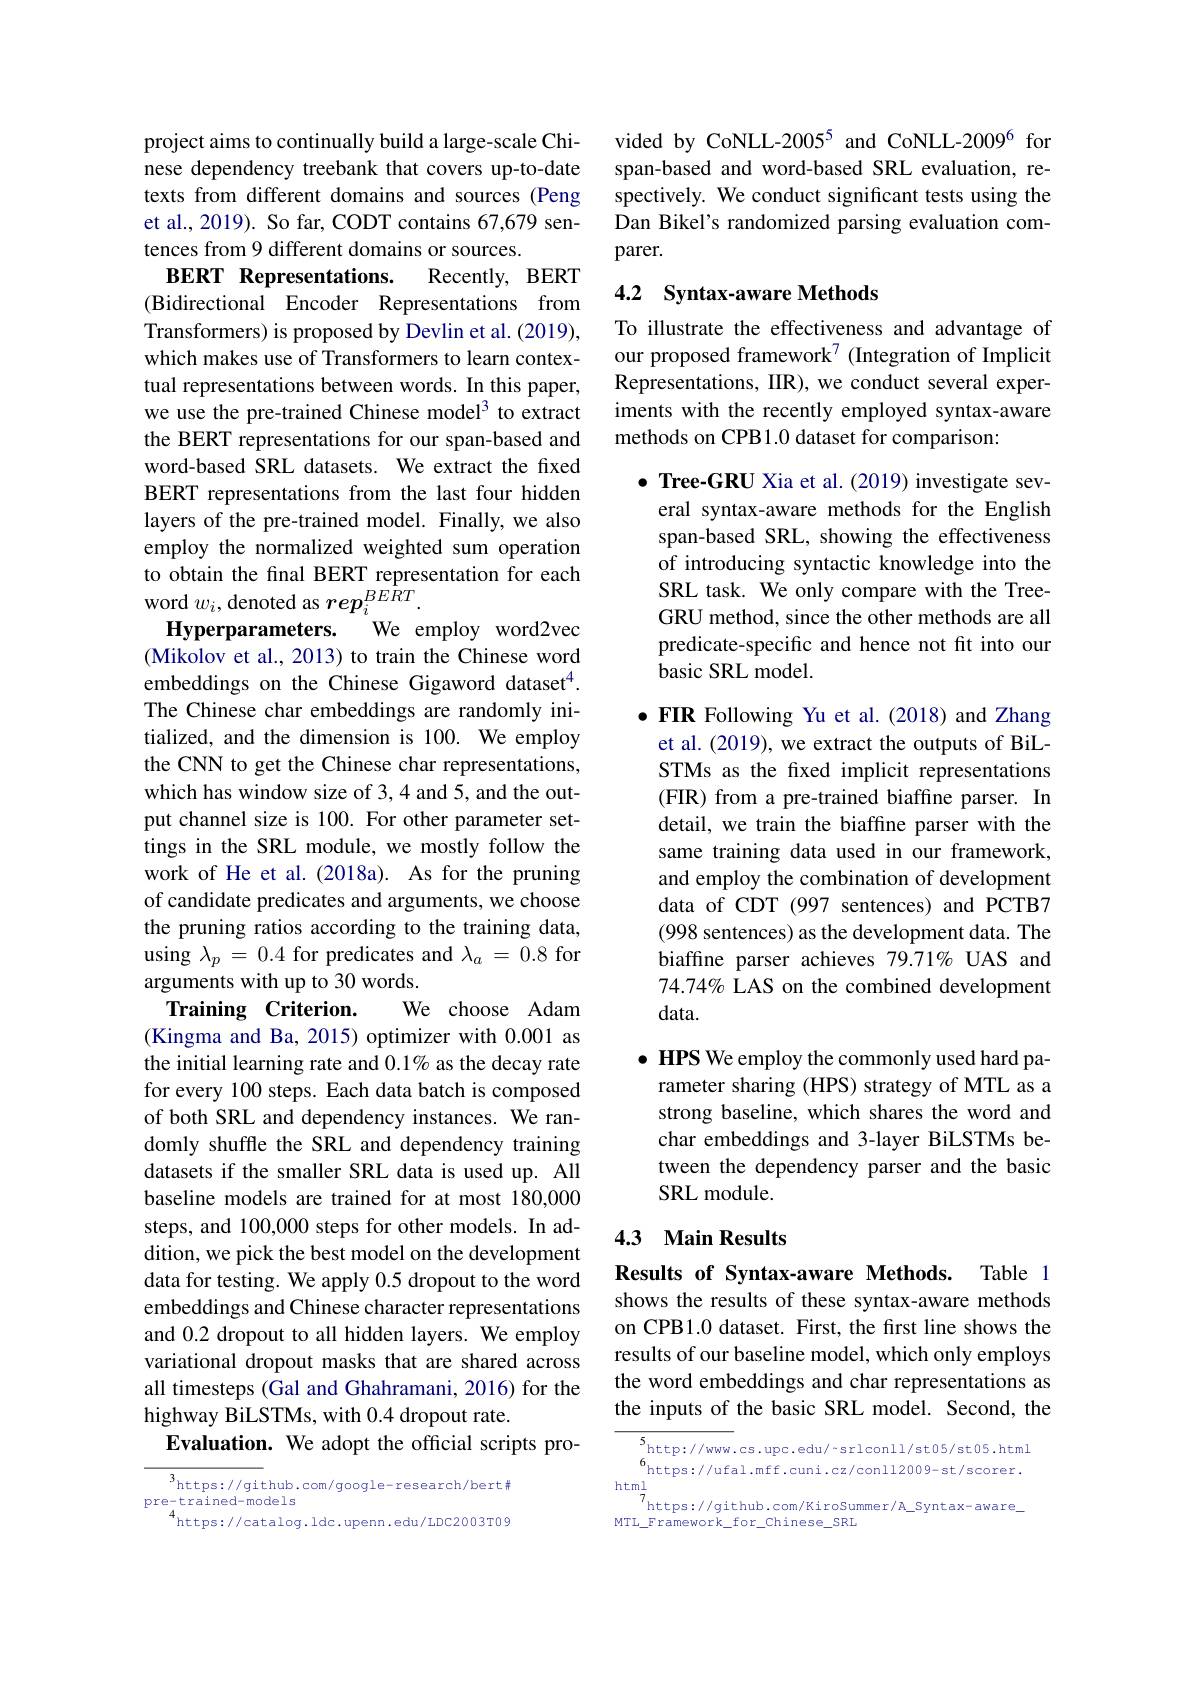
project aims to continually build a large-scale Chinese dependency treebank that covers up-to-date texts from different domains and sources (Peng et al., 2019). So far, CODT contains 67,679 sentences from 9 different domains or sources.
BERT Representations.
Recently, BERT
(Bidirectional Encoder Representations from Transformers) is proposed by Devlin et al. (2019), which makes use of Transformers to learn contextual representations between words. In this paper, we use the pre-trained Chinese model3 to extract the BERT representations for our span-based and word-based SRL datasets. We extract the fxed BERT representations from the last four hidden layers of the pre-trained model. Finally, we also employ the normalized weighted sum operation to obtain the final BERT representation for each word $w_i$, denoted as $rep_i^{BERT}.$Hyperparameters. We employ word2vec
Hyperparameters.
(Mikolov et al., 2013) to train the Chinese word embeddings on the Chinese Gigaword dataset$^{4}.$ The Chinese char embeddings are randomly initialized, and the dimension is 100. We employ the CNN to get the Chinese char representations, which has window size of 3,4 and 5, and the output channel size is 100. For other parameter settings in the SRL module, we mostly follow the work of He et al.(2018a). As for the pruning of candidate predicates and arguments, we choose the pruning ratios according to the training data, using $\lambda_p=0.4$ for predicates and $\lambda_a=0.8$ for arguments with up to 30 words.
We choose Adam
Training Criterion.
(Kingma and Ba, 2015) optimizer with 0.001 as the initial learning rate and $0.1\%$ as the decay rate for every 100 steps. Each data batch is composed of both SRL and dependency instances. We randomly shuffle the SRL and dependency training datasets if the smaller SRL data is used up. All baseline models are trained for at most 180,000 steps, and 100,000 steps for other models. In addition, we pick the best model on the development data for testing. We apply 0.5 dropout to the word embeddings and Chinese character representations and 0.2 dropout to all hidden layers. We employ variational dropout masks that are shared across all timesteps (Gal and Ghahramani, 2016) for the highway BiLSTMs, with 0.4 dropout rate.
Evaluation. We adopt the official scripts pro-

$^{3}$https://github.com/google-research/bert
pre-trained-models
$^{4}$https://catalog.ldc.upenn.edu/LDC2003T09

vided by CoNLL-2005$^{5}$ and CoNLL-2009$^{6}$ for span-based and word-based SRL evaluation, respectively. We conduct significant tests using the Dan Bikel's randomized parsing evaluation comparer.

## 4.2 Syntax-aware Methods

To illustrate the effectiveness and advantage of our proposed framework$^{7}$ (Integration of Implicit Representations, IIR), we conduct several experiments with the recently employed syntax-aware methods on CPB1.0 dataset for comparison:

$\bullet$ Tree-GRU Xia et al.(2019) investigate sev-
eral syntax-aware methods for the English span-based SRL, showing the effectiveness of introducing syntactic knowledge into the SRL task. We only compare with the TreeGRU method, since the other methods are all predicate-specific and hence not fit into our basic SRL model.

$\bullet$ FIR Following Yu et al.(2018) and Zhang
et al. (2019), we extract the outputs of BiLSTMs as the fxed implicit representations (FIR) from a pre-trained biaffine parser. In detail, we train the biaffne parser with the same training data used in our framework, and employ the combination of development data of CDT (997 sentences) and PCTB7 (998 sentences) as the development data. The biaffine parser achieves 79.71% UAS and 74.74% LAS on the combined development data.

$\bullet$ HPS We employ the commonly used hard parameter sharing (HPS) strategy of MTL as a strong baseline, which shares the word and char embeddings and 3-layer BiLSTMs between the dependency parser and the basic SRL module.

## 4.3 Main Results

Results of Syntax-aware Methods. Table 1 shows the results of these syntax-aware methods on CPB1.0 dataset. First, the first line shows the results of our baseline model, which only employs the word embeddings and char representations as the inputs of the basic SRL model. Second, the

${\frac{5}{6}\mathrm{http://www.cs.upc.edu/-srlconll/st05/st05.html}}$ $6_{\mathrm{https://ufal.mff.cuni.cz/conll2009-st/scorer.}}\\\frac{1}{7}$
$^{\prime }$https: / / github. com/ KiroSummer/ A$\_$Syntax- aware
MTL\_Framework\_for\_chinese\_SRL